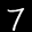
Label: 7